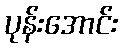
ပုန်းအောင်း